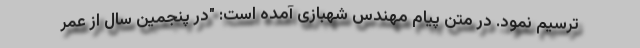
ترسیم نمود. در متن پیام مهندس شهبازی آمده است: "در پنجمین سال از عمر